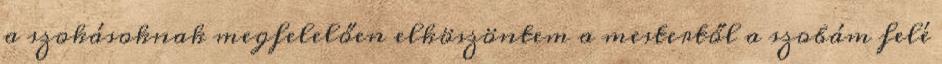
a szokásoknak megfelelően elköszöntem a mestertől a szobám felé